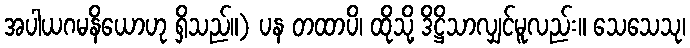
အပါယဂမနိယောဟု ရှိသည်။) ပန တထာပိ၊ ထိုသို့ ဒိဋ္ဌိသာလျှင်မူလည်း။ သေသေသု၊